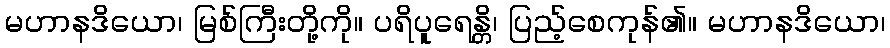
မဟာနဒိယော၊ မြစ်ကြီးတို့ကို။ ပရိပူရေန္တိ၊ ပြည့်စေကုန်၏။ မဟာနဒိယော၊